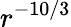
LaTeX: r^{-10/3}